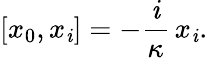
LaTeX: [x_{0},x_{\mathit{i}}]=-\frac{{\mathit{i}}}{\kappa}\, x_{\mathit{i}}.